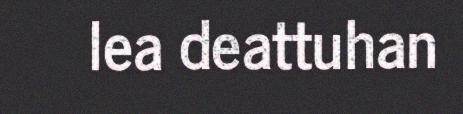
lea deattuhan